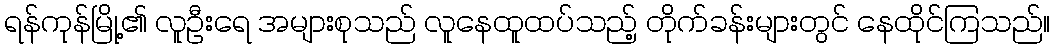
ရန်ကုန်မြို့၏ လူဦးရေ အများစုသည် လူနေထူထပ်သည့် တိုက်ခန်းများတွင် နေထိုင်ကြသည်။